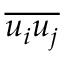
\overline { { u _ { i } u _ { j } } }